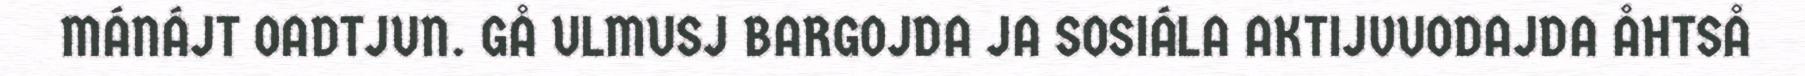
MÁNÁJT OADTJUN. GÅ ULMUSJ BARGOJDA JA SOSIÁLA AKTIJVUODAJDA ÅHTSÅ